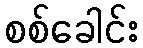
စစ်ခေါင်း